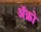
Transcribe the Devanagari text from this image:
अॅक्रो